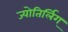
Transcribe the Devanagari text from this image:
ज्योतिर्लिग्